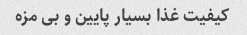
کیفیت غذا بسیار پایین و بی مزه